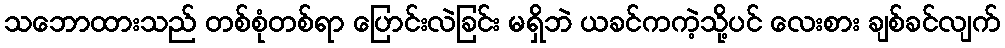
သဘောထားသည် တစ်စုံတစ်ရာ ပြောင်းလဲခြင်း မရှိဘဲ ယခင်ကကဲ့သို့ပင် လေးစား ချစ်ခင်လျက်